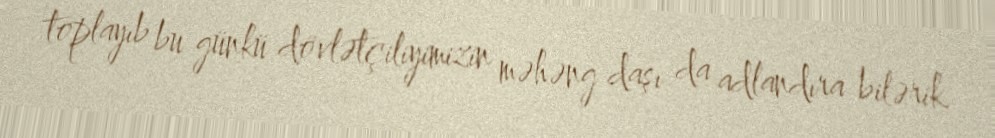
toplayıb bu günkü dövlətçiliyimizin məhəng daşı da adlandıra bilərik.